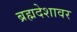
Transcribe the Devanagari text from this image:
ब्रह्मदेशावर